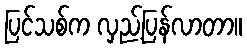
ပြင်သစ်က လှည့်ပြန်လာတာ။